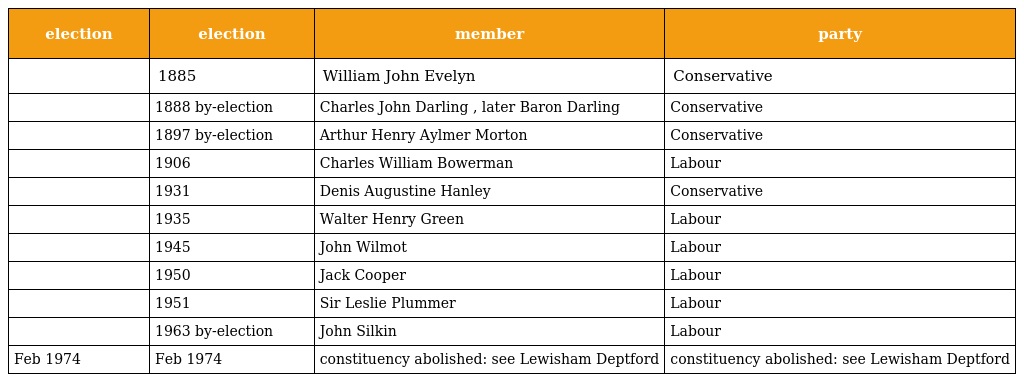
| election | election | member | party |
 | --- | --- | --- | --- |
 |  | 1885 | William John Evelyn | Conservative |
 |  | 1888 by-election | Charles John Darling , later Baron Darling | Conservative |
 |  | 1897 by-election | Arthur Henry Aylmer Morton | Conservative |
 |  | 1906 | Charles William Bowerman | Labour |
 |  | 1931 | Denis Augustine Hanley | Conservative |
 |  | 1935 | Walter Henry Green | Labour |
 |  | 1945 | John Wilmot | Labour |
 |  | 1950 | Jack Cooper | Labour |
 |  | 1951 | Sir Leslie Plummer | Labour |
 |  | 1963 by-election | John Silkin | Labour |
 | Feb 1974 | Feb 1974 | constituency abolished: see Lewisham Deptford | constituency abolished: see Lewisham Deptford |